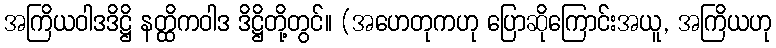
အကြိယဝါဒဒိဋ္ဌိ နတ္ထိကဝါဒ ဒိဋ္ဌိတို့တွင်။ (အဟေတုကဟု ပြောဆိုကြောင်းအယူ, အကြိယဟု